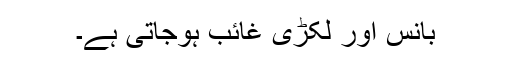
بانس اور لکڑی غائب ہوجاتی ہے۔